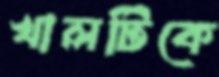
খালটিকে